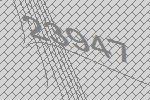
23947